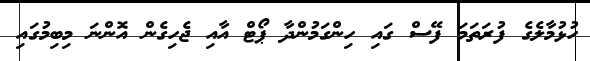
ހުޅުމާލެގެ ފުރަތަމަ ފޭސް ގައި ހިންގަމުންދާ ޕޯޓް އާއި ޖެހިގެން އޮންނަ މިބިމުގައި